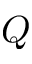
Q